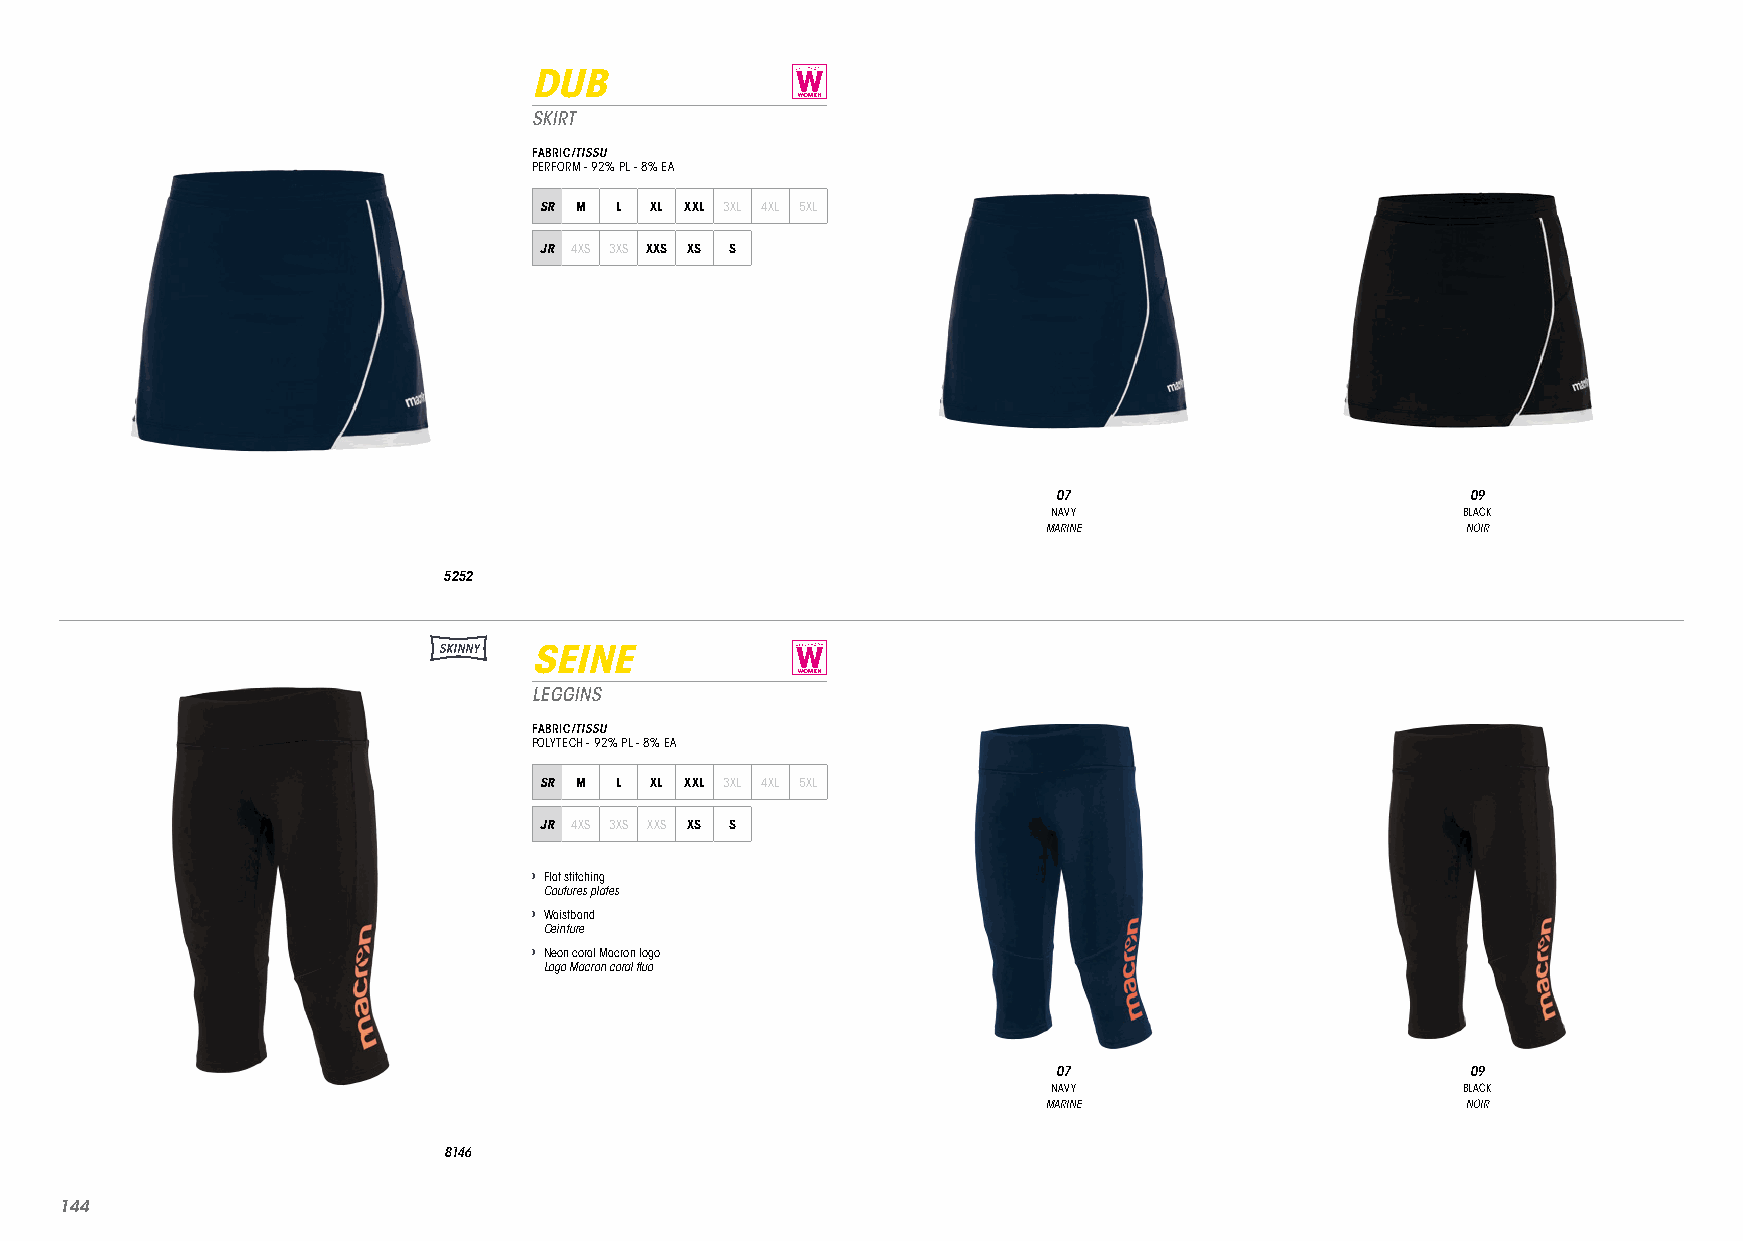
DUB
 SKIRT
 FABRIC/TISSU
 PERFORM - 92% PL - 8% EA
 SR M L XL XXL 3XL 4XL 5XL
 JR 4XS 3XS XXS XS S
 07                         09
 NAVY                       BLACK
 MARINE                      NOIR
 5252
 SKINNY SEINE
 LEGGINS
 FABRIC/TISSU
 POLYTECH - 92% PL - 8% EA
 SR M L XL XXL 3XL 4XL 5XL
 JR 4XS 3XS XXS XS S
 › Flat stitching
 Coutures plates
 › Waistband
 Ceinture
 › Neon coral Macron logo
 Logo Macron coral fluo
 07                         09
 NAVY                       BLACK
 MARINE                      NOIR
 8146
 114444